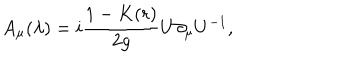
A _ { \mu } ( \lambda ) = i \frac { 1 - K ( r ) } { 2 g } U \partial _ { \mu } U ^ { - 1 } , \;